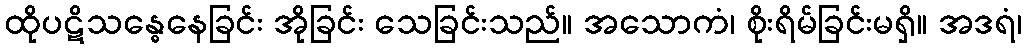
ထိုပဋိသန္ဓေနေခြင်း အိုခြင်း သေခြင်းသည်။ အသောကံ၊ စိုးရိမ်ခြင်းမရှိ။ အဒရံ၊